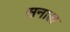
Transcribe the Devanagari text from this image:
सनाल